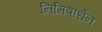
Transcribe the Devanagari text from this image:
निमिषार्धेन